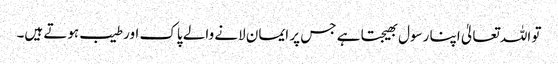
تو اللہ تعالیٰ اپنا رسول بھیجتا ہے جس پر ایمان لانے والے پاک اور طیب ہوتے ہیں۔